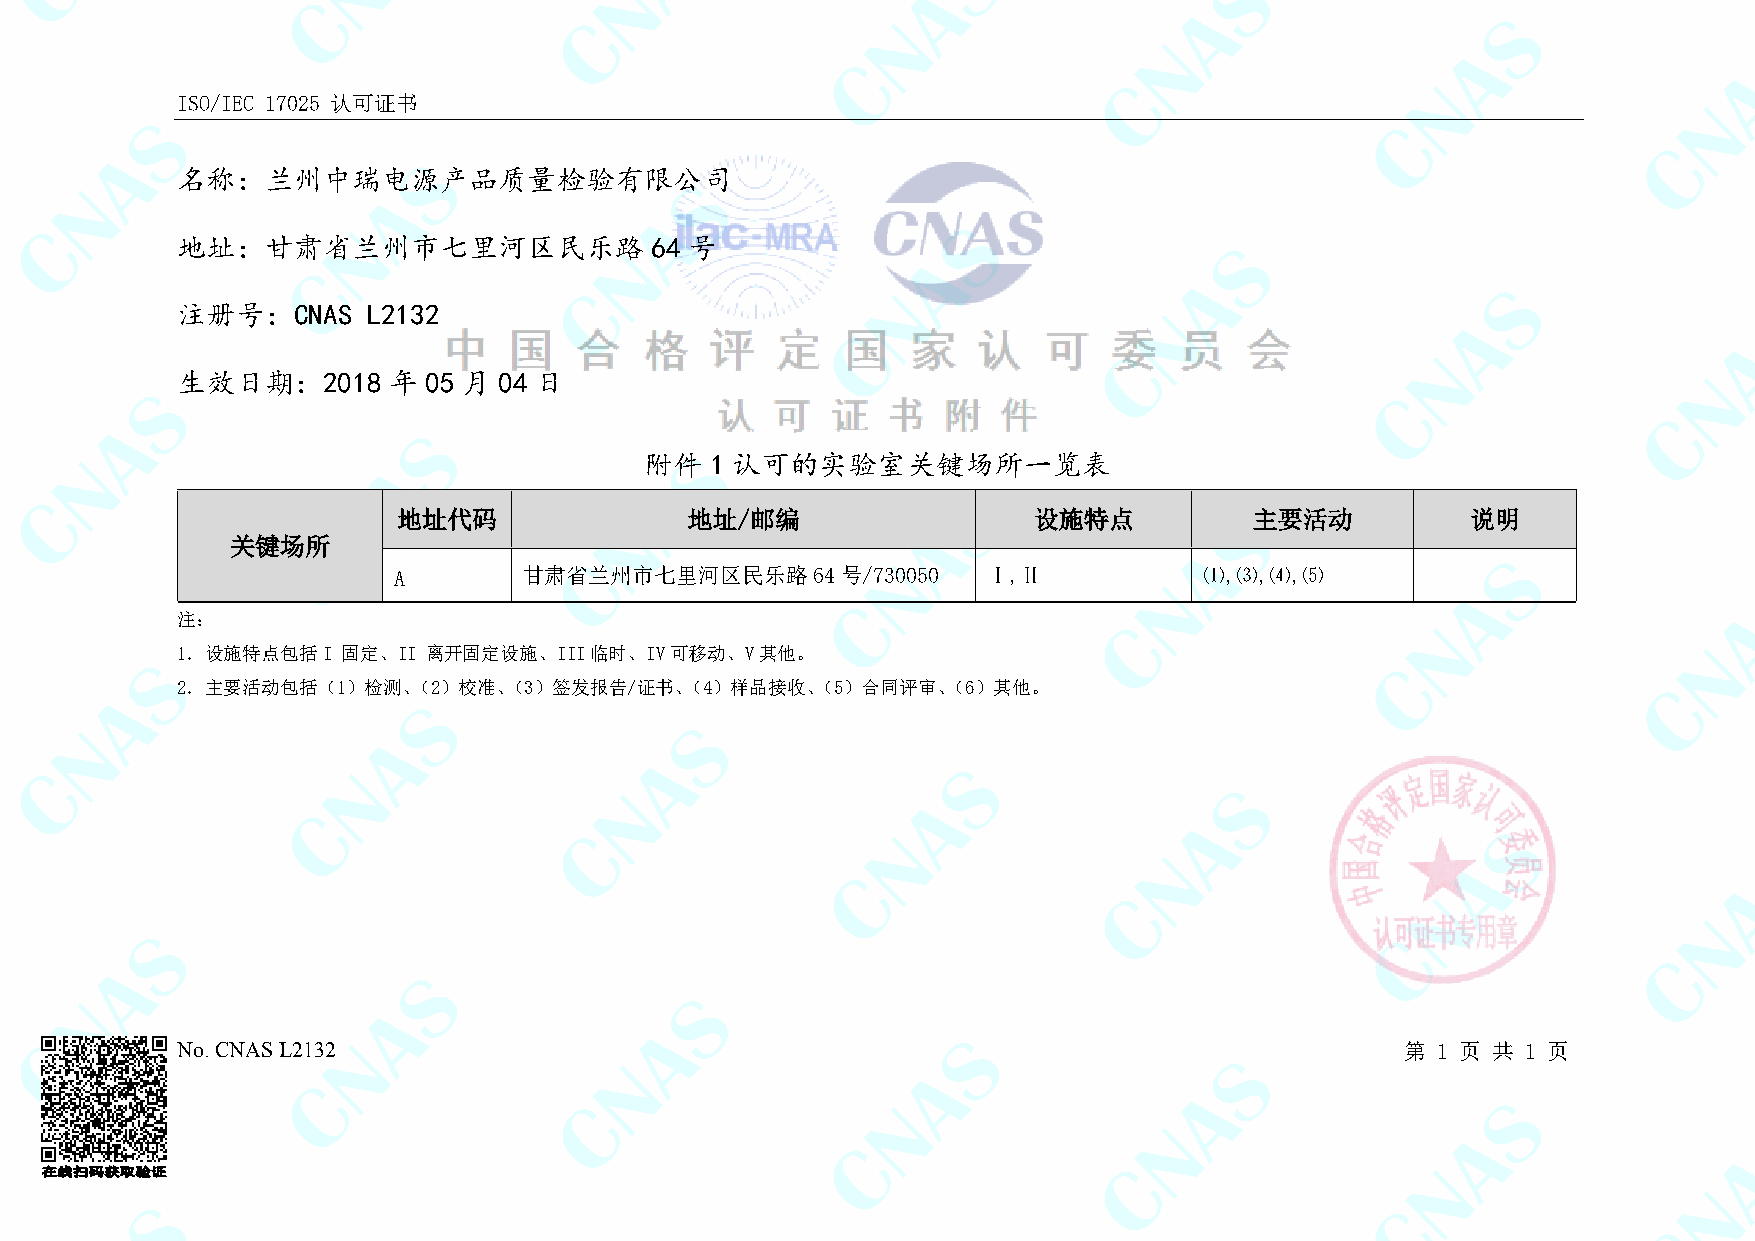
ISO/IEC 17025 认可证书
 名称：兰州中瑞电源产品质量检验有限公司
 地址：甘肃省兰州市七里河区民乐路               64 号
 注册号：CNAS    L2132
 生效日期：2018     年 05 月 04 日
 附件  1 认可的实验室关键场所一览表
 地址代码               地址/邮编                  设施特点           主要活动          说明
 关键场所
 A        甘肃省兰州市七里河区民乐路64号/730050       Ⅰ,Ⅱ            ⑴,⑶,⑷,⑸
 注：
 1. 设施特点包括I 固定、II 离开固定设施、III临时、IV可移动、V其他。
 2. 主要活动包括（1）检测、（2）校准、（3）签发报告/证书、（4）样品接收、（5）合同评审、（6）其他。
 No. CNAS L2132                                                                   第 1 页 共 1 页